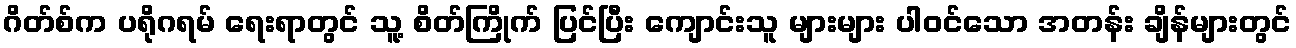
ဂိတ်စ်က ပရိုဂရမ် ရေးရာတွင် သူ့ စိတ်ကြိုက် ပြင်ပြီး ကျောင်းသူ များများ ပါဝင်သော အတန်း ချိန်များတွင်